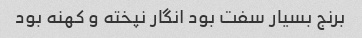
برنج بسیار سفت بود انگار نپخته و کهنه بود